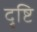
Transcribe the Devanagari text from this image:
दृष्टि